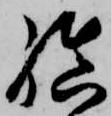
結